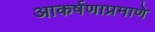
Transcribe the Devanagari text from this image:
आकर्षणाप्रमाणे